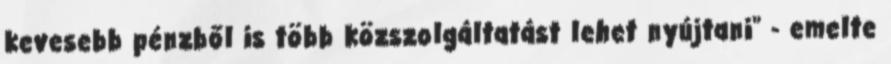
kevesebb pénzből is több közszolgáltatást lehet nyújtani" - emelte